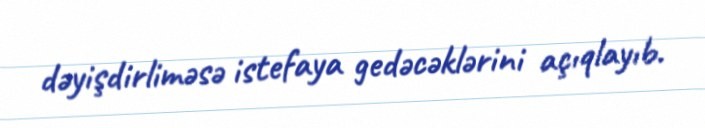
dəyişdirliməsə istefaya gedəcəklərini açıqlayıb.